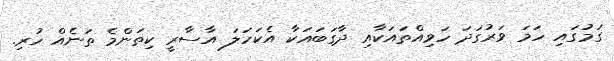
ގަމުގައި ހަމަ ވަރުގަދަ ހަވިއްތައަކާއި ދާގަބައަކާ އެކަހަލަ އާސާރީ ކިތަންމެ ތަނެއް ހުރި.